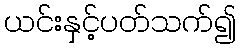
ယင်းနှင့်ပတ်သက်၍